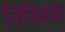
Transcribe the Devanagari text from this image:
निफिस्क